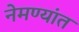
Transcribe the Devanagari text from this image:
नेमण्यांत